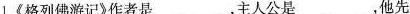
1.《格列佛游记》作者是___，主人公是___，他先